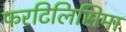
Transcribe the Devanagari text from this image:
फरटिलिसिमा